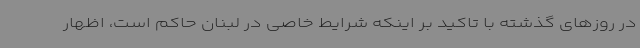
در روزهای گذشته با تاکید بر اینکه شرایط خاصی در لبنان حاکم است، اظهار